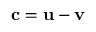
\mathbf { c } = \mathbf { u } - \mathbf { v }